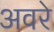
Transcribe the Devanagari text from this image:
अवरे